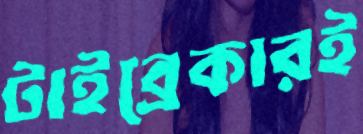
টাইব্রেকারই